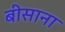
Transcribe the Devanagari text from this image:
बीसाना